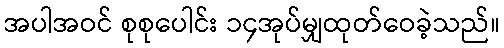
အပါအဝင် စုစုပေါင်း ၁၄အုပ်မျှထုတ်ဝေခဲ့သည်။